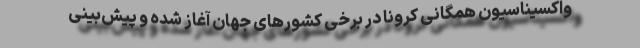
واکسیناسیون همگانی کرونا در برخی کشورهای جهان آغاز شده و پیش‌بینی